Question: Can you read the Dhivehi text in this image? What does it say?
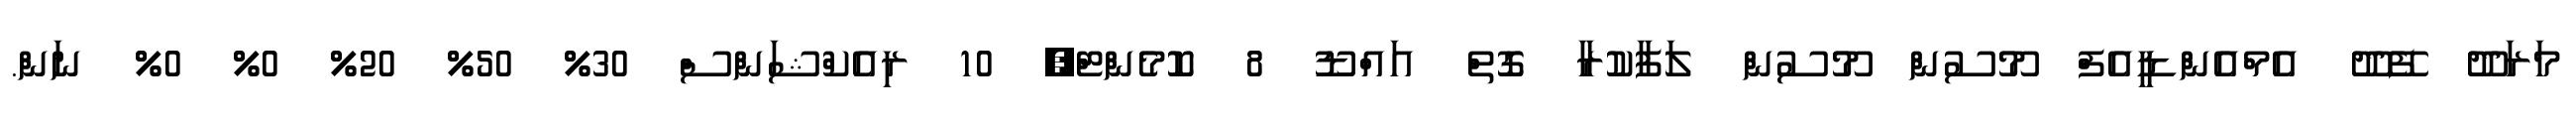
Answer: މަރަދޫ ފޭދޫ އެމްއެންޑީއެފް މޫސުން މޫސުން ލަފާކުރާ ގޮތް އައްޑޫ 8 ކޮމެންޓް, 10 ރިއެކްޝަންސް 30% 50% 20% 0% 0% ނަން.